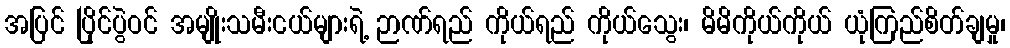
အပြင် ပြိုင်ပွဲဝင် အမျိုးသမီးငယ်များရဲ့ ဉာဏ်ရည် ကိုယ်ရည် ကိုယ်သွေး၊ မိမိကိုယ်ကိုယ် ယုံကြည်စိတ်ချမှု၊